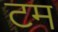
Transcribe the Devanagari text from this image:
टम